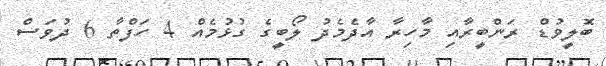
ބޮލީވުޑް ރަންބީރާއި މާހިރާ އާދެމެދު ލޯބީގެ ގުޅުމެއް 4 ހަފްތާ 6 ދުވަސް